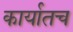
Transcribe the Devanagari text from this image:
कार्यातच